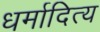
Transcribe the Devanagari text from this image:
धर्मादित्य